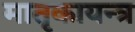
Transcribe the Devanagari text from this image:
मातृकायन्त्र